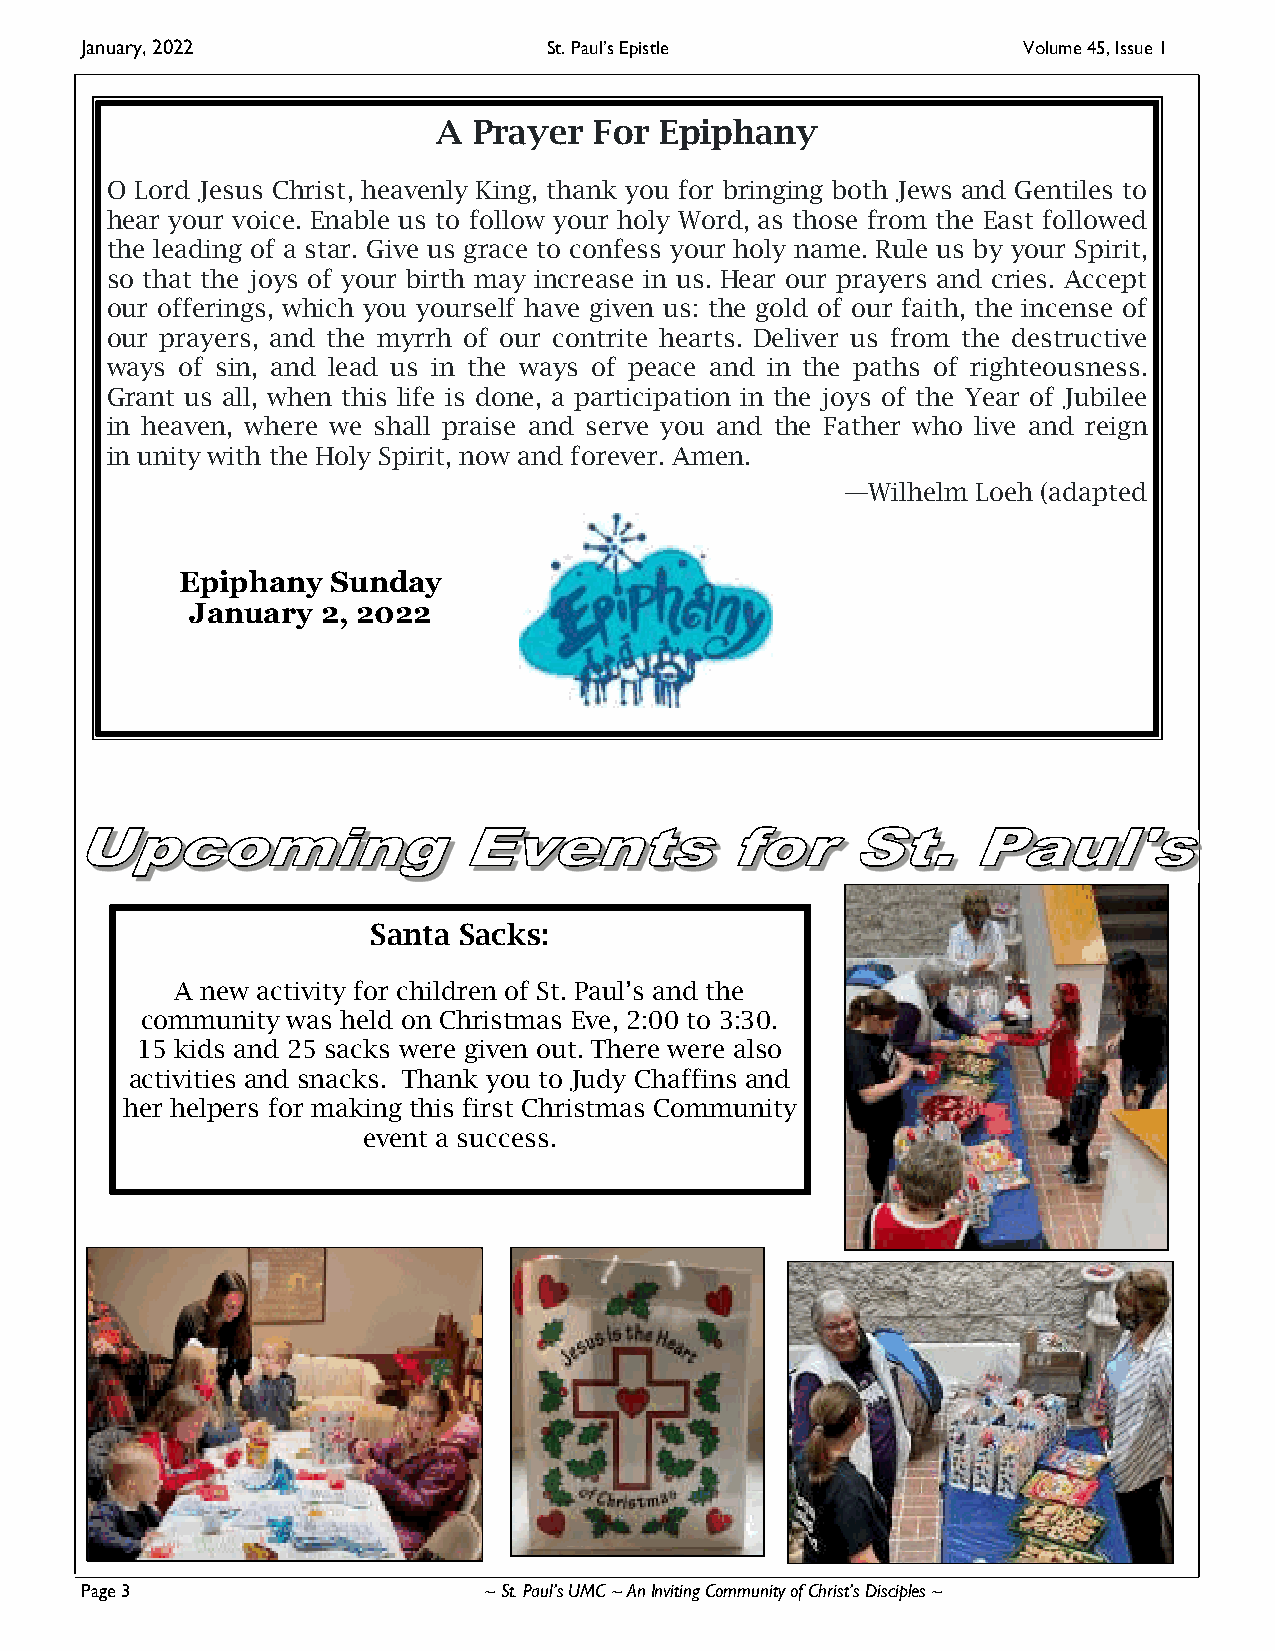
January, 2022                  St. Paul’s Epistle              Volume 45, Issue 1
 A Prayer  For  Epiphany
 O Lord Jesus Christ, heavenly King, thank you for bringing both Jews and Gentiles to
 hear your voice. Enable us to follow your holy Word, as those from the East followed
 the leading of a star. Give us grace to confess your holy name. Rule us by your Spirit,
 so that the joys of your birth may increase in us. Hear our prayers and cries. Accept
 our offerings, which you yourself have given us: the gold of our faith, the incense of
 our prayers, and the myrrh of our contrite hearts. Deliver us from the destructive
 ways of sin, and lead us in the ways of peace and in the paths of righteousness.
 Grant us all, when this life is done, a participation in the joys of the Year of Jubilee
 in heaven, where we shall praise and serve you and the Father who live and reign
 in unity with the Holy Spirit, now and forever. Amen.
 —Wilhelm Loeh (adapted
 Epiphany  Sunday
 January 2, 2022
 Santa Sacks:
 A new activity for children of St. Paul’s and the
 community was held on Christmas Eve, 2:00 to 3:30.
 15 kids and 25 sacks were given out. There were also
 activities and snacks. Thank you to Judy Chaffins and
 her helpers for making this first Christmas Community
 event a success.
 Page 3                     ~ St. Paul’s UMC ~ An Inviting Community of Christ’s Disciples ~